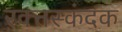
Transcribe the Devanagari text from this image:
रक्त्तस्कंदक